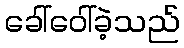
ခေါ်ဝေါ်ခဲ့သည်